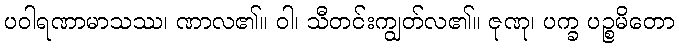
ပဝါရဏာမာသဿ၊ ဏာလ၏။ ဝါ၊ သီတင်းကျွတ်လ၏။ ဇုဏု၊ ပက္ခ ပဉ္စမိတော